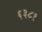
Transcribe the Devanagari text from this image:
६३८१